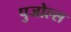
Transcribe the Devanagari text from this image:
पुजोल्स